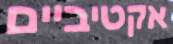
אקטיביים